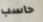
حاسب